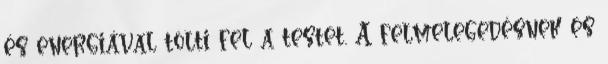
és energiával tölti fel a testet. A felmelegedésnek és